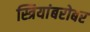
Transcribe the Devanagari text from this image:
स्त्रियांबरोबर